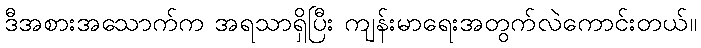
ဒီအစားအသောက်က အရသာရှိပြီး ကျန်းမာရေးအတွက်လဲကောင်းတယ်။